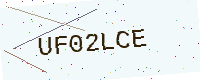
Text: UF02LCE